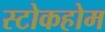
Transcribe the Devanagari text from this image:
स्टोकहोम